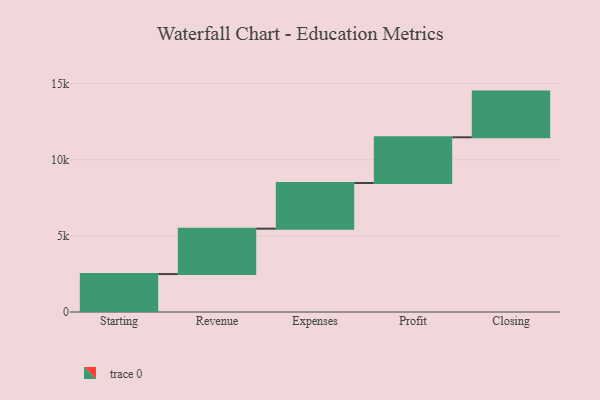
{"axis": {"x": "Step", "y": "Value"}, "legend": [""], "data": [{"x": "Starting", "y": 2492.0, "type": ""}, {"x": "Revenue", "y": 2979.0, "type": ""}, {"x": "Expenses", "y": 3000, "type": ""}, {"x": "Profit", "y": 3000, "type": ""}, {"x": "Closing", "y": 3000, "type": ""}]}